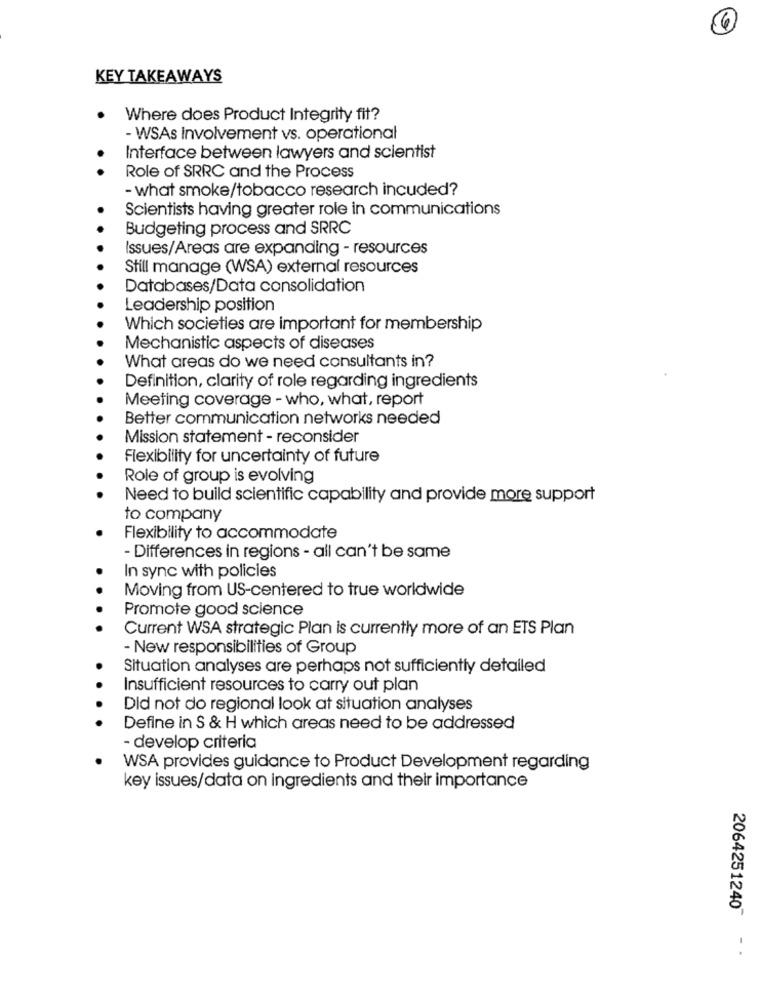
KEY TAKEAWAYS
Where does Product Integrity fit?
- WSAs Involvement vs. operational
Interface between lawyers and scientist
Role of SRRC and the Process
- what smoke/tobacco research incuded?
Scientists having greater role in communications
Budgeting process and SRRC
Issues/Areas are expanding - resources
Still manage (WSA) external resources
Databases/Data consolidation
Leadership position
Which societies are important for membership
Mechanistic aspects of diseases
What areas do we need consultants in?
Definition, clarity of role regarding ingredients
Meeting coverage - who, what, report
Better communication networks needed
Mission statement - reconsider
Flexibility for uncertainty of future
Role of group is evolving
Need to build scientific capability and provide more support
to company
Flexibility to accommodate
- Differences in regions - all can't be same
In sync with policies
Moving from US-centered to true worldwide
Promote good science
Current WSA strategic Plan is currently more of an ETS Plan
- New responsibilities of Group
Situation analyses are perhaps not sufficiently detailed
Insufficient resources to carry out plan
Did not do regional look at situation analyses
Define in S & H which areas need to be addressed
- develop criteria
WSA provides guidance to Product Development regarding
key issues/data on ingredients and their importance
20642512407 - ·